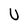
Character: U